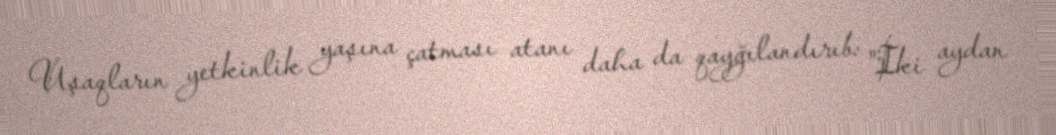
Uşaqların yetkinlik yaşına çatması atanı daha da qayğılandırıb: "İki aydan